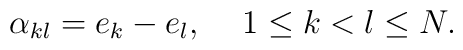
\alpha_{kl}=e_k - e_l,\,\,\,\,\,\,\, 1\le k<l\le N.